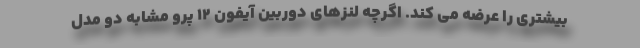
بیشتری را عرضه می کند. اگرچه لنزهای دوربین آیفون ۱۲ پرو مشابه دو مدل